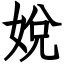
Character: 娧